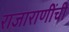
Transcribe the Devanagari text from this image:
राजाराणींची